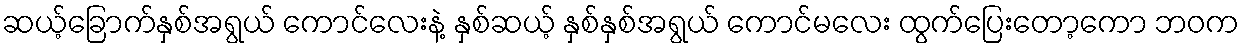
ဆယ့်ခြောက်နှစ်အရွယ် ကောင်လေးနဲ့ နှစ်ဆယ့် နှစ်နှစ်အရွယ် ကောင်မလေး ထွက်ပြေးတော့ကော ဘဝက